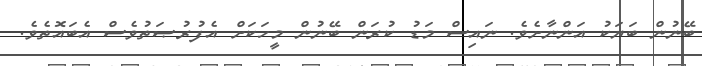
ބޭނުން ބަޔަކު އަންނާށެވެ. ނައިސް މަޑު ކުރަން ބޭނުން މީހަކަށް އެފުރުޞަތުވެސް އެބައޮތެވެ.